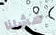
فشلنا